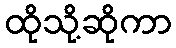
ထိုသို့ဆိုကာ